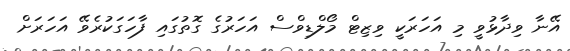
އޭނާ ވިދާޅުވީ މި އަހަރަކީ ވިޒިޓް މޯލްޑިވްސް އަހަރުގެ ގޮތުގައި ފާހަގަކުރެވޭ އަހަރަށް